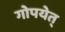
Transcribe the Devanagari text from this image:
गोपयेत्